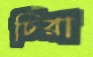
চিরা